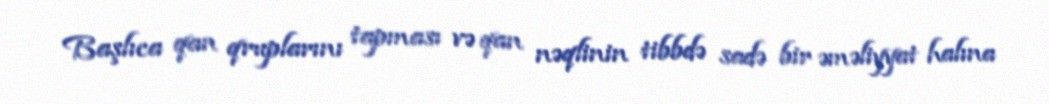
Başlıca qan qruplarını tapması və qan nəqlinin tibbdə sadə bir əməliyyat halına